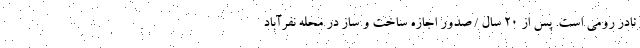
نادر رومی است. پس از 20 سال / صدور اجازه ساخت و ساز در محله نفرآباد